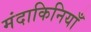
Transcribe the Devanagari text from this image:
मंदाकिनियाँ